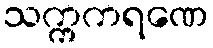
သက္ကကရဏေ